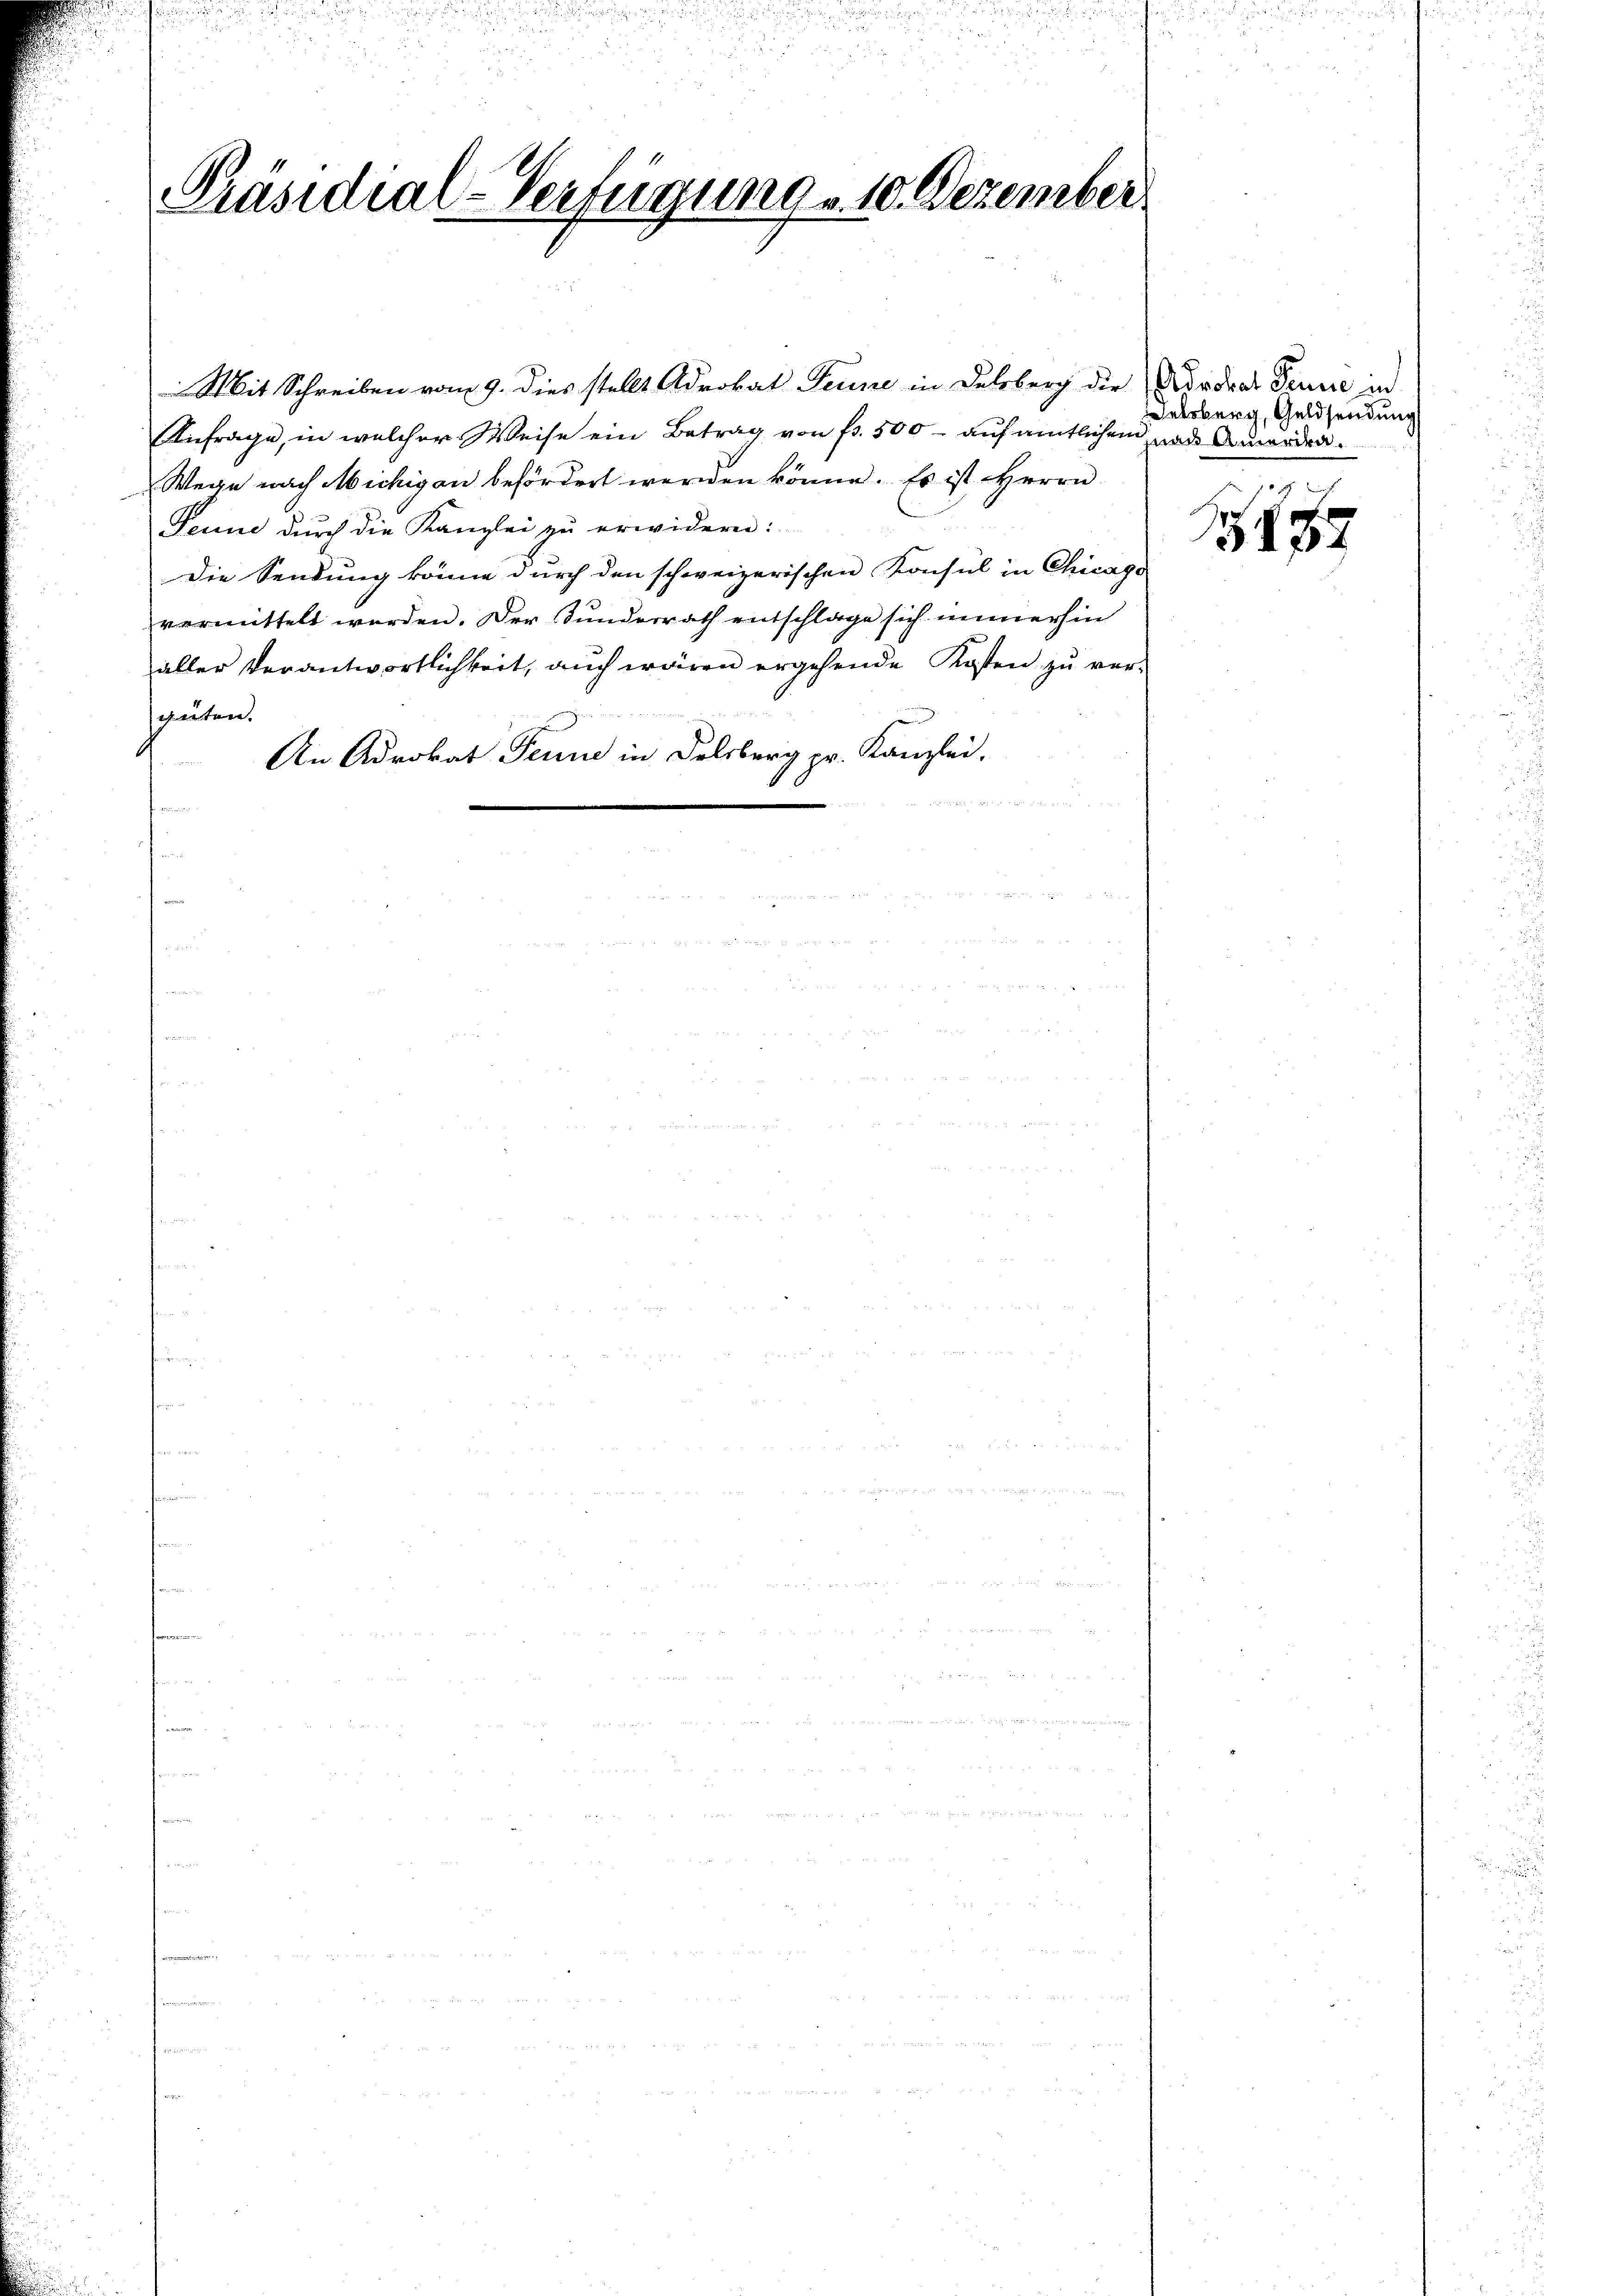
i

Präsidial-Verfügung 10. Dezember

Mit Schreiben vom 9. dies stellt Advokat Feune in Delsberg die Adrdrat Ferne in
Anfrage, in welcher Weise ein Betrag von fr. 500 - auf amtlichen und Amorden.
Wege nach Michigen befördert werden könne. Es ist Herrn
Feune durch die Kanzlei zu erwidern:
Die Sendung könne durch den schweizerischen Konsul in Chicago
vermittelt werden. Der Kundesrath entschlage sich immerhin
aller Verantwortlichkeit, auch wären ergehende Kosten zu vergüten.
An Advokat Fenne in Felsberg pr. Kanzlei.
 2 2
e
n
x

elsberg, Geldsendung
Licht

5187